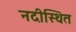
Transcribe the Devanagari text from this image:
नदीस्थित